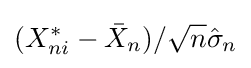
(X_{ni}^{*}-{\bar {X}}_{n})/{\sqrt {n}}{\hat {\sigma }}_{n}